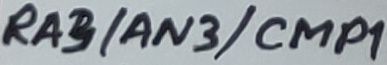
Text: RA3/AN3/CMP1